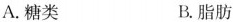
A.糖类 B.脂肪